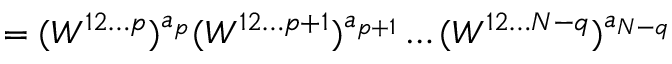
= ( W ^ { 1 2 \ldots p } ) ^ { a _ { p } } ( W ^ { 1 2 \ldots p + 1 } ) ^ { a _ { p + 1 } } \ldots ( W ^ { 1 2 \ldots N - q } ) ^ { a _ { N - q } }